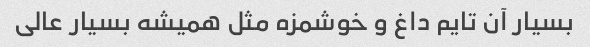
بسیار آن تایم داغ و خوشمزه مثل همیشه بسیار عالی